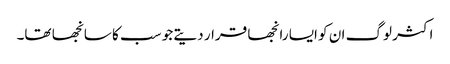
اکثر لوگ ان کو ایسا رانجھا قرار دیتے جو سب کا سانجھا تھا۔